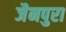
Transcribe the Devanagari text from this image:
जैनपुरा